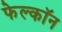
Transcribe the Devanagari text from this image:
फेल्काॅन